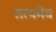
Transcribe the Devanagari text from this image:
सत्‍यमेव